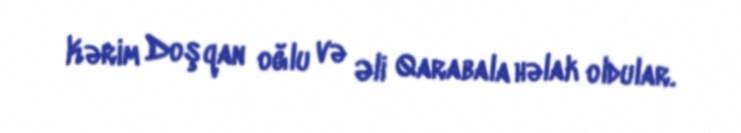
Kərim Doşqan oğlu və Əli Qarabala həlak oldular.